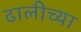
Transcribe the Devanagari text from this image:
ढालीच्या